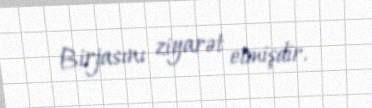
Birjasını ziyarət etmişdir.